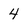
Character: 4